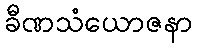
ခီဏသံယောဇနာ